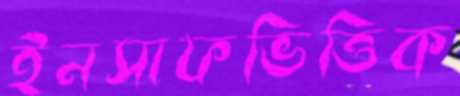
ইনসাফভিত্তিক